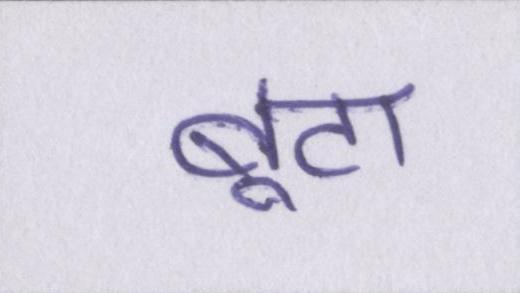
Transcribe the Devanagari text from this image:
बूटा